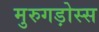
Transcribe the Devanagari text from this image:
मुरुगड़ोस्स